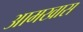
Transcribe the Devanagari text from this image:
आमखास